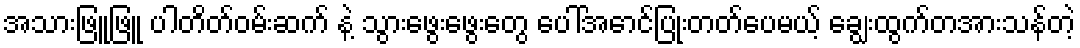
အသားဖြူဖြူ ပါတိတ်ဝမ်းဆက် နဲ့ သွားဖွေးဖွေးတွေ ပေါ်အောင်ပြုံးတတ်ပေမယ့် ချွေးထွက်တအားသန်တဲ့